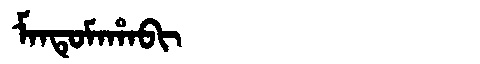
Manchu: ᠮᠠᠨᡨᡠᠮᠠᡥᠠᠪᡳ
Romanization: MANTUMAHABI